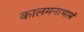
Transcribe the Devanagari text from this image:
कालमनाभासं